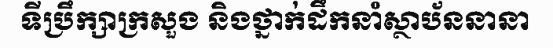
ទីប្រឹក្សាក្រសួង និងថ្នាក់ដឹកនាំស្ថាប័ននានា